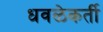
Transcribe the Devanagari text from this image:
धवळेकर्ती